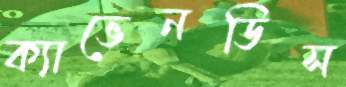
ক্যাভেনডিস